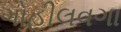
ગોહીલવગા